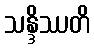
သန္ဒိဿတိ